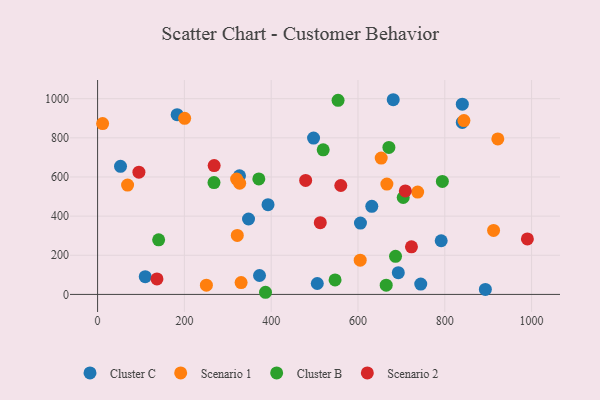
{"axis": {"x": "Investment", "y": "Profit"}, "legend": ["Cluster B", "Cluster C", "Scenario 1", "Scenario 2"], "data": [{"x": "183.3", "y": 918.5, "type": "Cluster C"}, {"x": "631.8", "y": 450.1, "type": "Cluster C"}, {"x": "791.7", "y": 274.2, "type": "Cluster C"}, {"x": "497.6", "y": 798.8, "type": "Cluster C"}, {"x": "506.2", "y": 55.8, "type": "Cluster C"}, {"x": "893.5", "y": 25.6, "type": "Cluster C"}, {"x": "840.4", "y": 972.1, "type": "Cluster C"}, {"x": "681.2", "y": 994.7, "type": "Cluster C"}, {"x": "840.3", "y": 878.8, "type": "Cluster C"}, {"x": "109.8", "y": 90.5, "type": "Cluster C"}, {"x": "327.0", "y": 606.0, "type": "Cluster C"}, {"x": "373.1", "y": 96.5, "type": "Cluster C"}, {"x": "52.8", "y": 654.2, "type": "Cluster C"}, {"x": "392.7", "y": 458.6, "type": "Cluster C"}, {"x": "744.6", "y": 52.7, "type": "Cluster C"}, {"x": "347.8", "y": 385.2, "type": "Cluster C"}, {"x": "605.7", "y": 364.3, "type": "Cluster C"}, {"x": "692.9", "y": 110.9, "type": "Cluster C"}, {"x": "11.6", "y": 872.6, "type": "Scenario 1"}, {"x": "912.4", "y": 327.0, "type": "Scenario 1"}, {"x": "737.5", "y": 522.7, "type": "Scenario 1"}, {"x": "200.6", "y": 899.9, "type": "Scenario 1"}, {"x": "922.2", "y": 794.5, "type": "Scenario 1"}, {"x": "844.1", "y": 888.3, "type": "Scenario 1"}, {"x": "321.9", "y": 301.4, "type": "Scenario 1"}, {"x": "69.1", "y": 558.6, "type": "Scenario 1"}, {"x": "666.6", "y": 563.8, "type": "Scenario 1"}, {"x": "605.1", "y": 175.0, "type": "Scenario 1"}, {"x": "330.7", "y": 60.6, "type": "Scenario 1"}, {"x": "250.7", "y": 47.1, "type": "Scenario 1"}, {"x": "320.4", "y": 589.5, "type": "Scenario 1"}, {"x": "327.4", "y": 568.0, "type": "Scenario 1"}, {"x": "653.5", "y": 696.8, "type": "Scenario 1"}, {"x": "268.2", "y": 571.5, "type": "Cluster B"}, {"x": "794.4", "y": 577.4, "type": "Cluster B"}, {"x": "665.0", "y": 47.1, "type": "Cluster B"}, {"x": "547.2", "y": 74.0, "type": "Cluster B"}, {"x": "371.5", "y": 590.1, "type": "Cluster B"}, {"x": "554.1", "y": 991.6, "type": "Cluster B"}, {"x": "686.5", "y": 194.7, "type": "Cluster B"}, {"x": "386.9", "y": 10.9, "type": "Cluster B"}, {"x": "140.7", "y": 279.1, "type": "Cluster B"}, {"x": "671.2", "y": 751.1, "type": "Cluster B"}, {"x": "519.8", "y": 738.5, "type": "Cluster B"}, {"x": "704.2", "y": 495.2, "type": "Cluster B"}, {"x": "136.8", "y": 79.1, "type": "Scenario 2"}, {"x": "95.2", "y": 624.7, "type": "Scenario 2"}, {"x": "709.1", "y": 528.7, "type": "Scenario 2"}, {"x": "513.1", "y": 366.3, "type": "Scenario 2"}, {"x": "560.4", "y": 556.5, "type": "Scenario 2"}, {"x": "723.2", "y": 243.3, "type": "Scenario 2"}, {"x": "990.3", "y": 283.7, "type": "Scenario 2"}, {"x": "479.4", "y": 582.6, "type": "Scenario 2"}, {"x": "268.6", "y": 658.1, "type": "Scenario 2"}]}